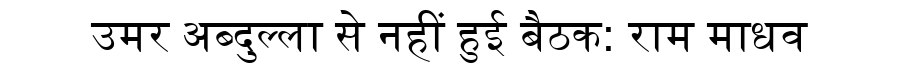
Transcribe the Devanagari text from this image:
उमर अब्दुल्ला से नहीं हुई बैठक: राम माधव